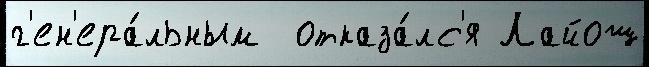
г'ен'ера́льным  отказа́лс'я Лайош